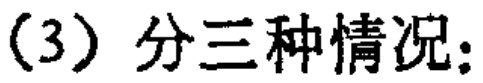
(3) 分三种情况：